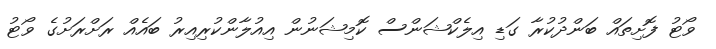
ވޯޓު ފޮށިތައް ބަންދުކުރާ ގަޑި އިލެކްޝަންސް ކޮމިޝަނުން އިއުލާންކުރިއިރު ބައެއް ރަށްރަށުގެ ވޯޓު